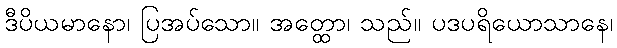
ဒီပိယမာနော၊ ပြအပ်သော။ အတ္ထော၊ သည်။ ပဒပရိယောသာနေ၊